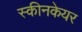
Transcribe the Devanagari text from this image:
स्कीनकेयर